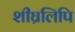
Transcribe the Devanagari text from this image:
शीघ्रलिपि